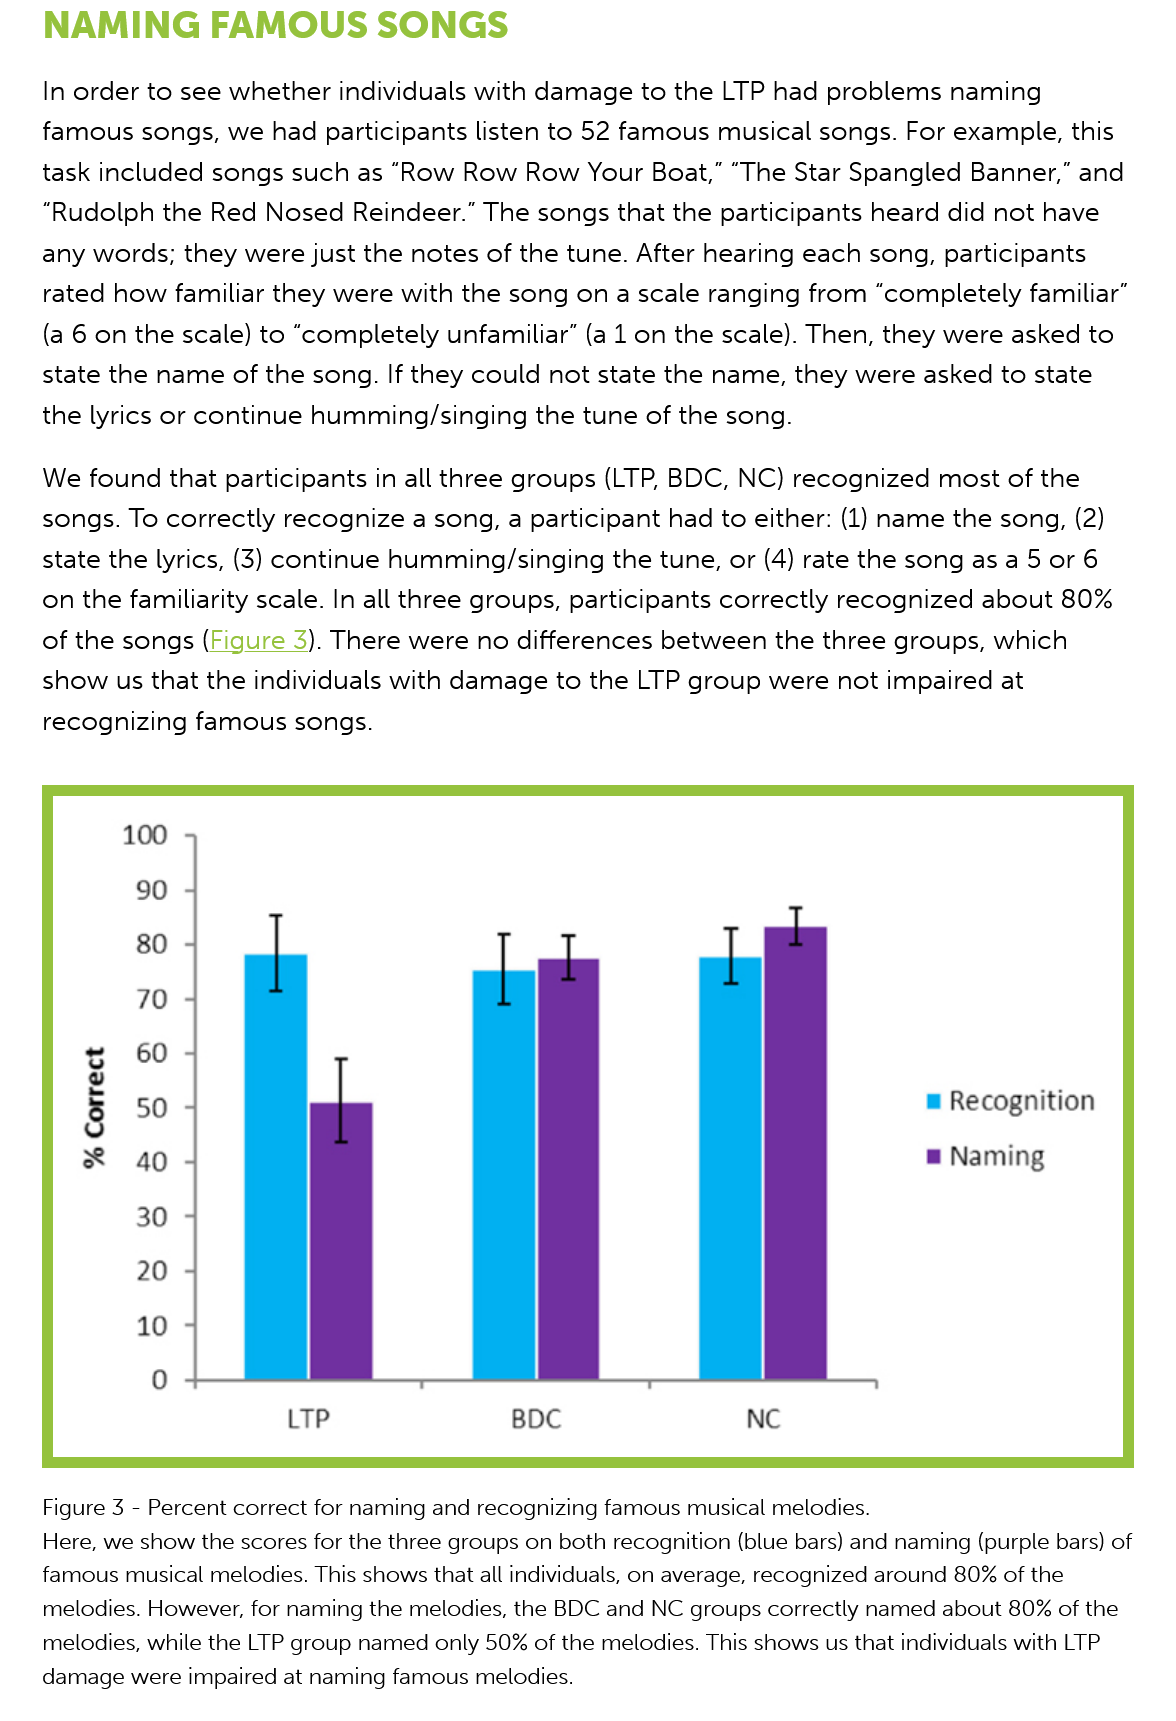
NAMING    FAMOUS    SONGS
    In order to see whether individuals with damage to the LTP had problems  naming
    famous  songs, we had participants listen to 52 famous musical songs. For example, this
    task included songs such as “Row  Row  Row Your  Boat,” “The Star Spangled Banner,” and
    “Rudolph  the Red Nosed  Reindeer.” The songs that the participants heard did not have
    any words; they were just the notes of the tune. After hearing each song, participants
    rated how  familiar they were with the song on
   a
     scale  ranging from  “completely familiar”
    (a 6 on the scale) to “completely unfamiliar” (a 1 on the scale). Then, they were asked to
    state the name of the song. If they could not state the name, they were asked to state
    the lyrics or continue humming/singing the tune of the song.
    We found that participants in all three groups (LTP, BDC, NC) recognized most of the
    songs. To correctly recognize a song, a participant had to either: (1) name the song, (2)
    state the lyrics, (3) continue humming/singing the tune, or (4) rate the song asa 5 or 6
    on the familiarity scale. In all three groups, participants correctly recognized about 80%
    of the songs (Figure 3). There were no differences between the three groups, which
    show us that the individuals with damage to the LTP group were  not impaired at
    recognizing famous  songs.
    Here, we show the scores for the three groups on both recognition (blue bars) and naming (purple bars) of
    famous musical melodies. This shows that all individuals, on average, recognized around 80% of the
    melodies. However, for naming the melodies, the BDC and NC groups correctly named about 80% of the
    melodies, while the LTP group named only 50% of the melodies. This shows us that individuals with LTP
    damage were impaired at naming famous melodies.
    Figure 3
     -
     Percent correct for naming and recognizing famous musical melodies.
     LTP    BDC
     W100
     %
     Recognition
     Naming